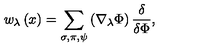
w _ { \lambda } \left( x \right) = \sum _ { \sigma , \pi , \psi } \left( \nabla _ { \lambda } \Phi \right) \frac \delta { \delta \Phi } ,